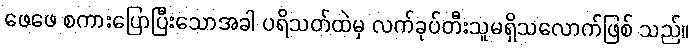
ဖေဖေ စကားပြောပြီးသောအခါ ပရိသတ်ထဲမှ လက်ခုပ်တီးသူမရှိသလောက်ဖြစ် သည်။